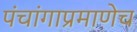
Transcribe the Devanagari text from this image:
पंचांगाप्रमाणेच